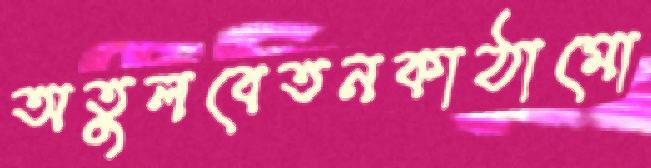
অতুলবেতনকাঠামো